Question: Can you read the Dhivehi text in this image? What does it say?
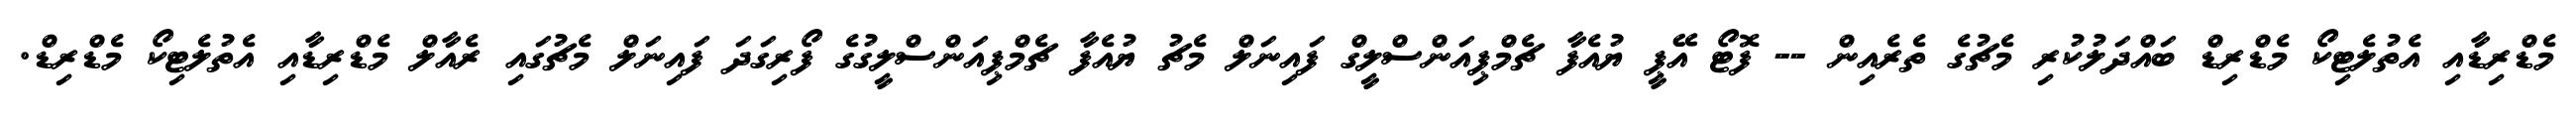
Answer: މެޑްރިޑާއި އެތުލެޓިކޯ މެޑްރިޑް ބައްދަލުކުރި މެޗުގެ ތެރެއިން -- ފޮޓޯ އޭޕީ ޔުއެފާ ޗެމްޕިއަންސްލީގް ފައިނަލް މެޗު ޔުއެފާ ޗެމްޕިއަންސްލީގުގެ ފޯރިގަދަ ފައިނަލް މެޗުގައި ރެއާލް މެޑްރިޑާއި އެތުލެޓިކޯ މެޑްރިޑް.